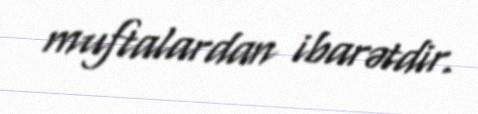
muftalardan ibarətdir.